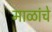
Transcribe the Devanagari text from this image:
माळांचे